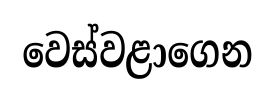
වෙස්වළාගෙන